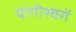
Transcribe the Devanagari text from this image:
योगीश्वरों